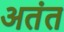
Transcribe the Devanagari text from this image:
अतंत